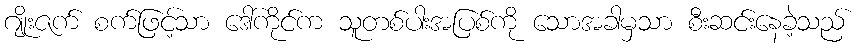
ဂျိုးဇက် စက်ဖြင့်သာ ဒေါ်ကိုင်က သူတစ်ပါးအပြစ်ကို သောအခါမှသာ စီးဆင်းနေခဲ့သည်